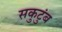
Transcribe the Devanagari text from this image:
सकुटुंब